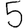
Digit: 5